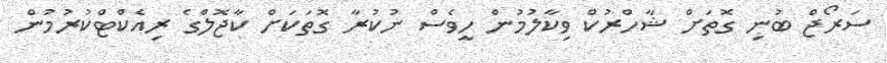
ސަރޯޖް ބުނި ގޮތަށް ޝާހްރުކް ވިކާލުމުން ހީވެސް ނުކުރާ ގޮތަކަށް ކާޖޮލްގެ ރިއެކްޓްކުރުމުން